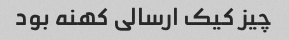
چیز کیک ارسالی کهنه بود